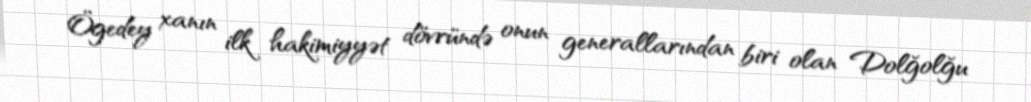
Ögedey xanın ilk hakimiyyət dövründə onun generallarından biri olan Dolğolğu